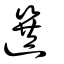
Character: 選